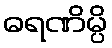
ဓရဏိမ္ပိ